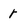
Character: r